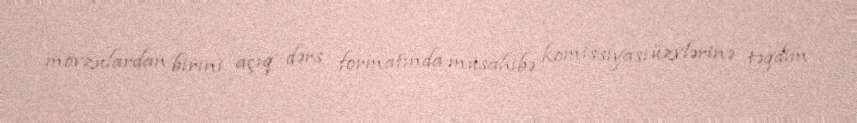
mövzulardan birini açıq dərs formatında müsahibə komissiyası üzvlərinə təqdim